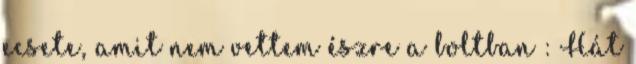
ecsete, amit nem vettem észre a boltban : Hát